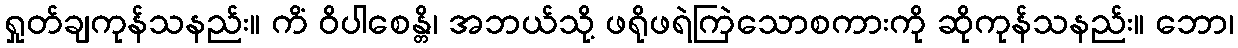
ရှုတ်ချကုန်သနည်း။ ကိံ ဝိပါစေန္တိ၊ အဘယ်သို့ ဖရိုဖရဲကြဲသောစကားကို ဆိုကုန်သနည်း။ ဘော၊